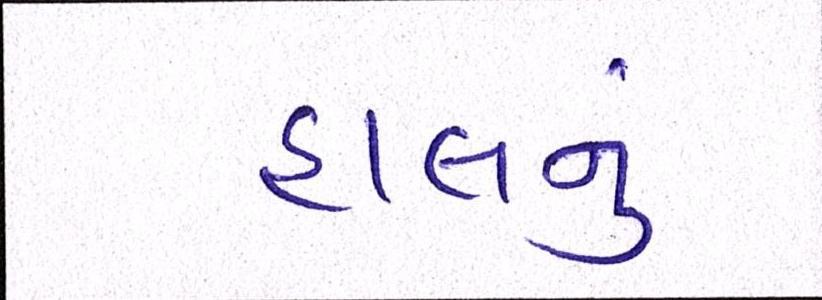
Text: હાલનું